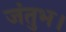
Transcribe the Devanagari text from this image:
जंतुभ।